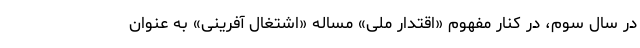
در سال سوم، در کنار مفهوم «اقتدار ملی» مساله «اشتغال آفرینی» به عنوان